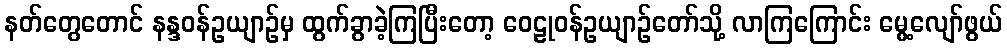
နတ်တွေတောင် နန္ဒဝန်ဥယျာဉ်မှ ထွက်ခွာခဲ့ကြပြီးတော့ ဝေဠုဝန်ဥယျာဉ်တော်သို့ လာကြကြောင်း မွေ့လျော်ဖွယ်